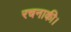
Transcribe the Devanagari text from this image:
रचनाकी।